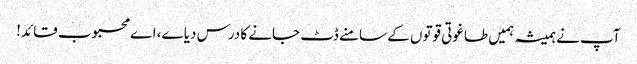
آپ نے ہمیشہ ہمیں طاغوتی قوتوں کے سامنے ڈٹ جانے کا درس دیا ے، اے محبوب قائد!